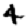
Digit: 4